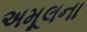
અમૂલના